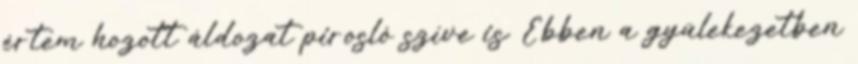
értem hozott áldozat pirosló szíve is. Ebben a gyülekezetben